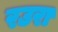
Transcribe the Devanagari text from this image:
रउरा